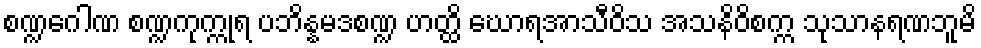
စဏ္ဍဂေါဏ စဏ္ဍကုက္ကုရ ပဘိန္နမဒစဏ္ဍ ဟတ္ထိ ဃောရအာသီဝိသ အသနိဝိစက္က သုသာနရဏဘူမိ